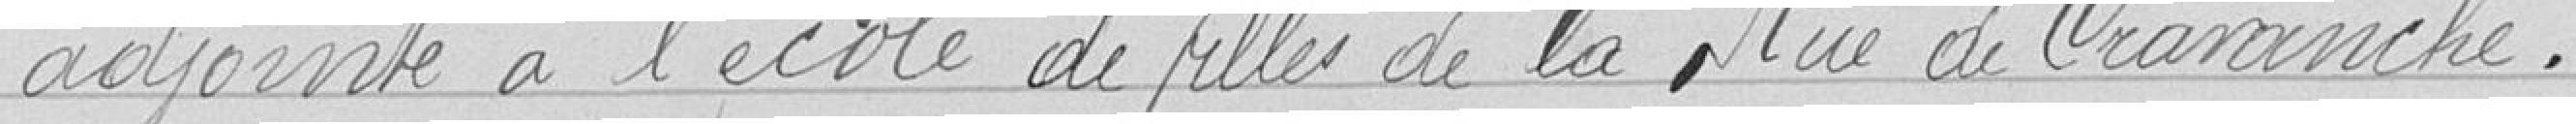
adjointe à l'école de filles de la rue de Cravanche.